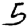
Digit: 5